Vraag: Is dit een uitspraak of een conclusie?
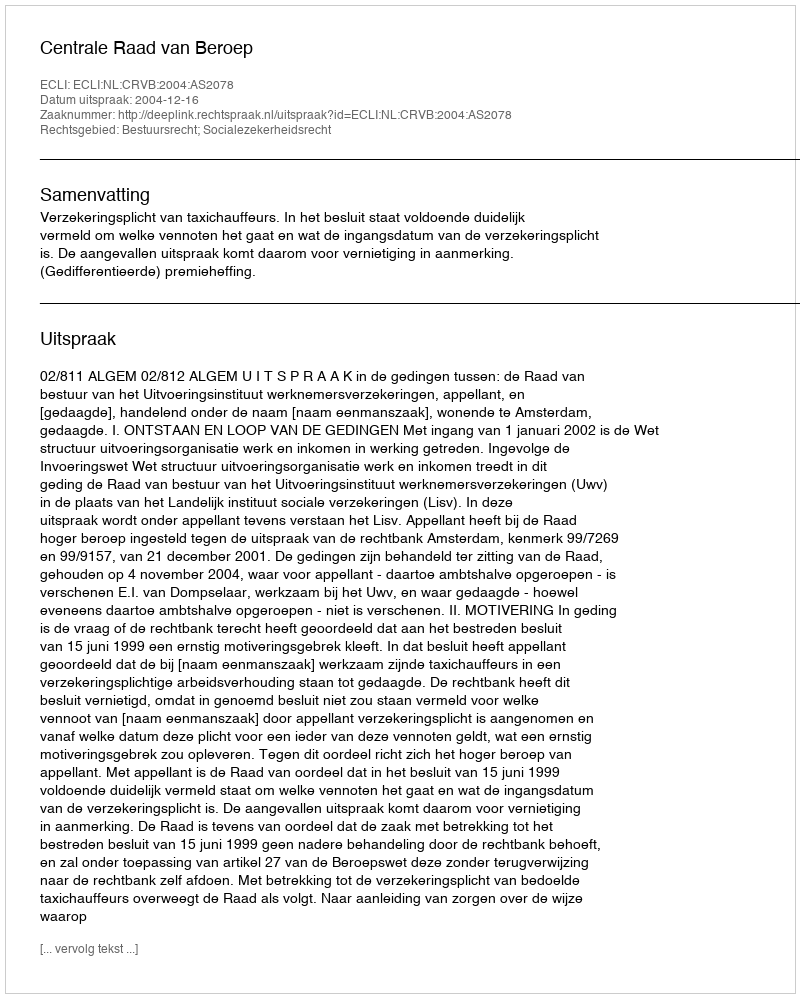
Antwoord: Uitspraak